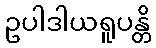
ဥပါဒါယရူပန္တိ